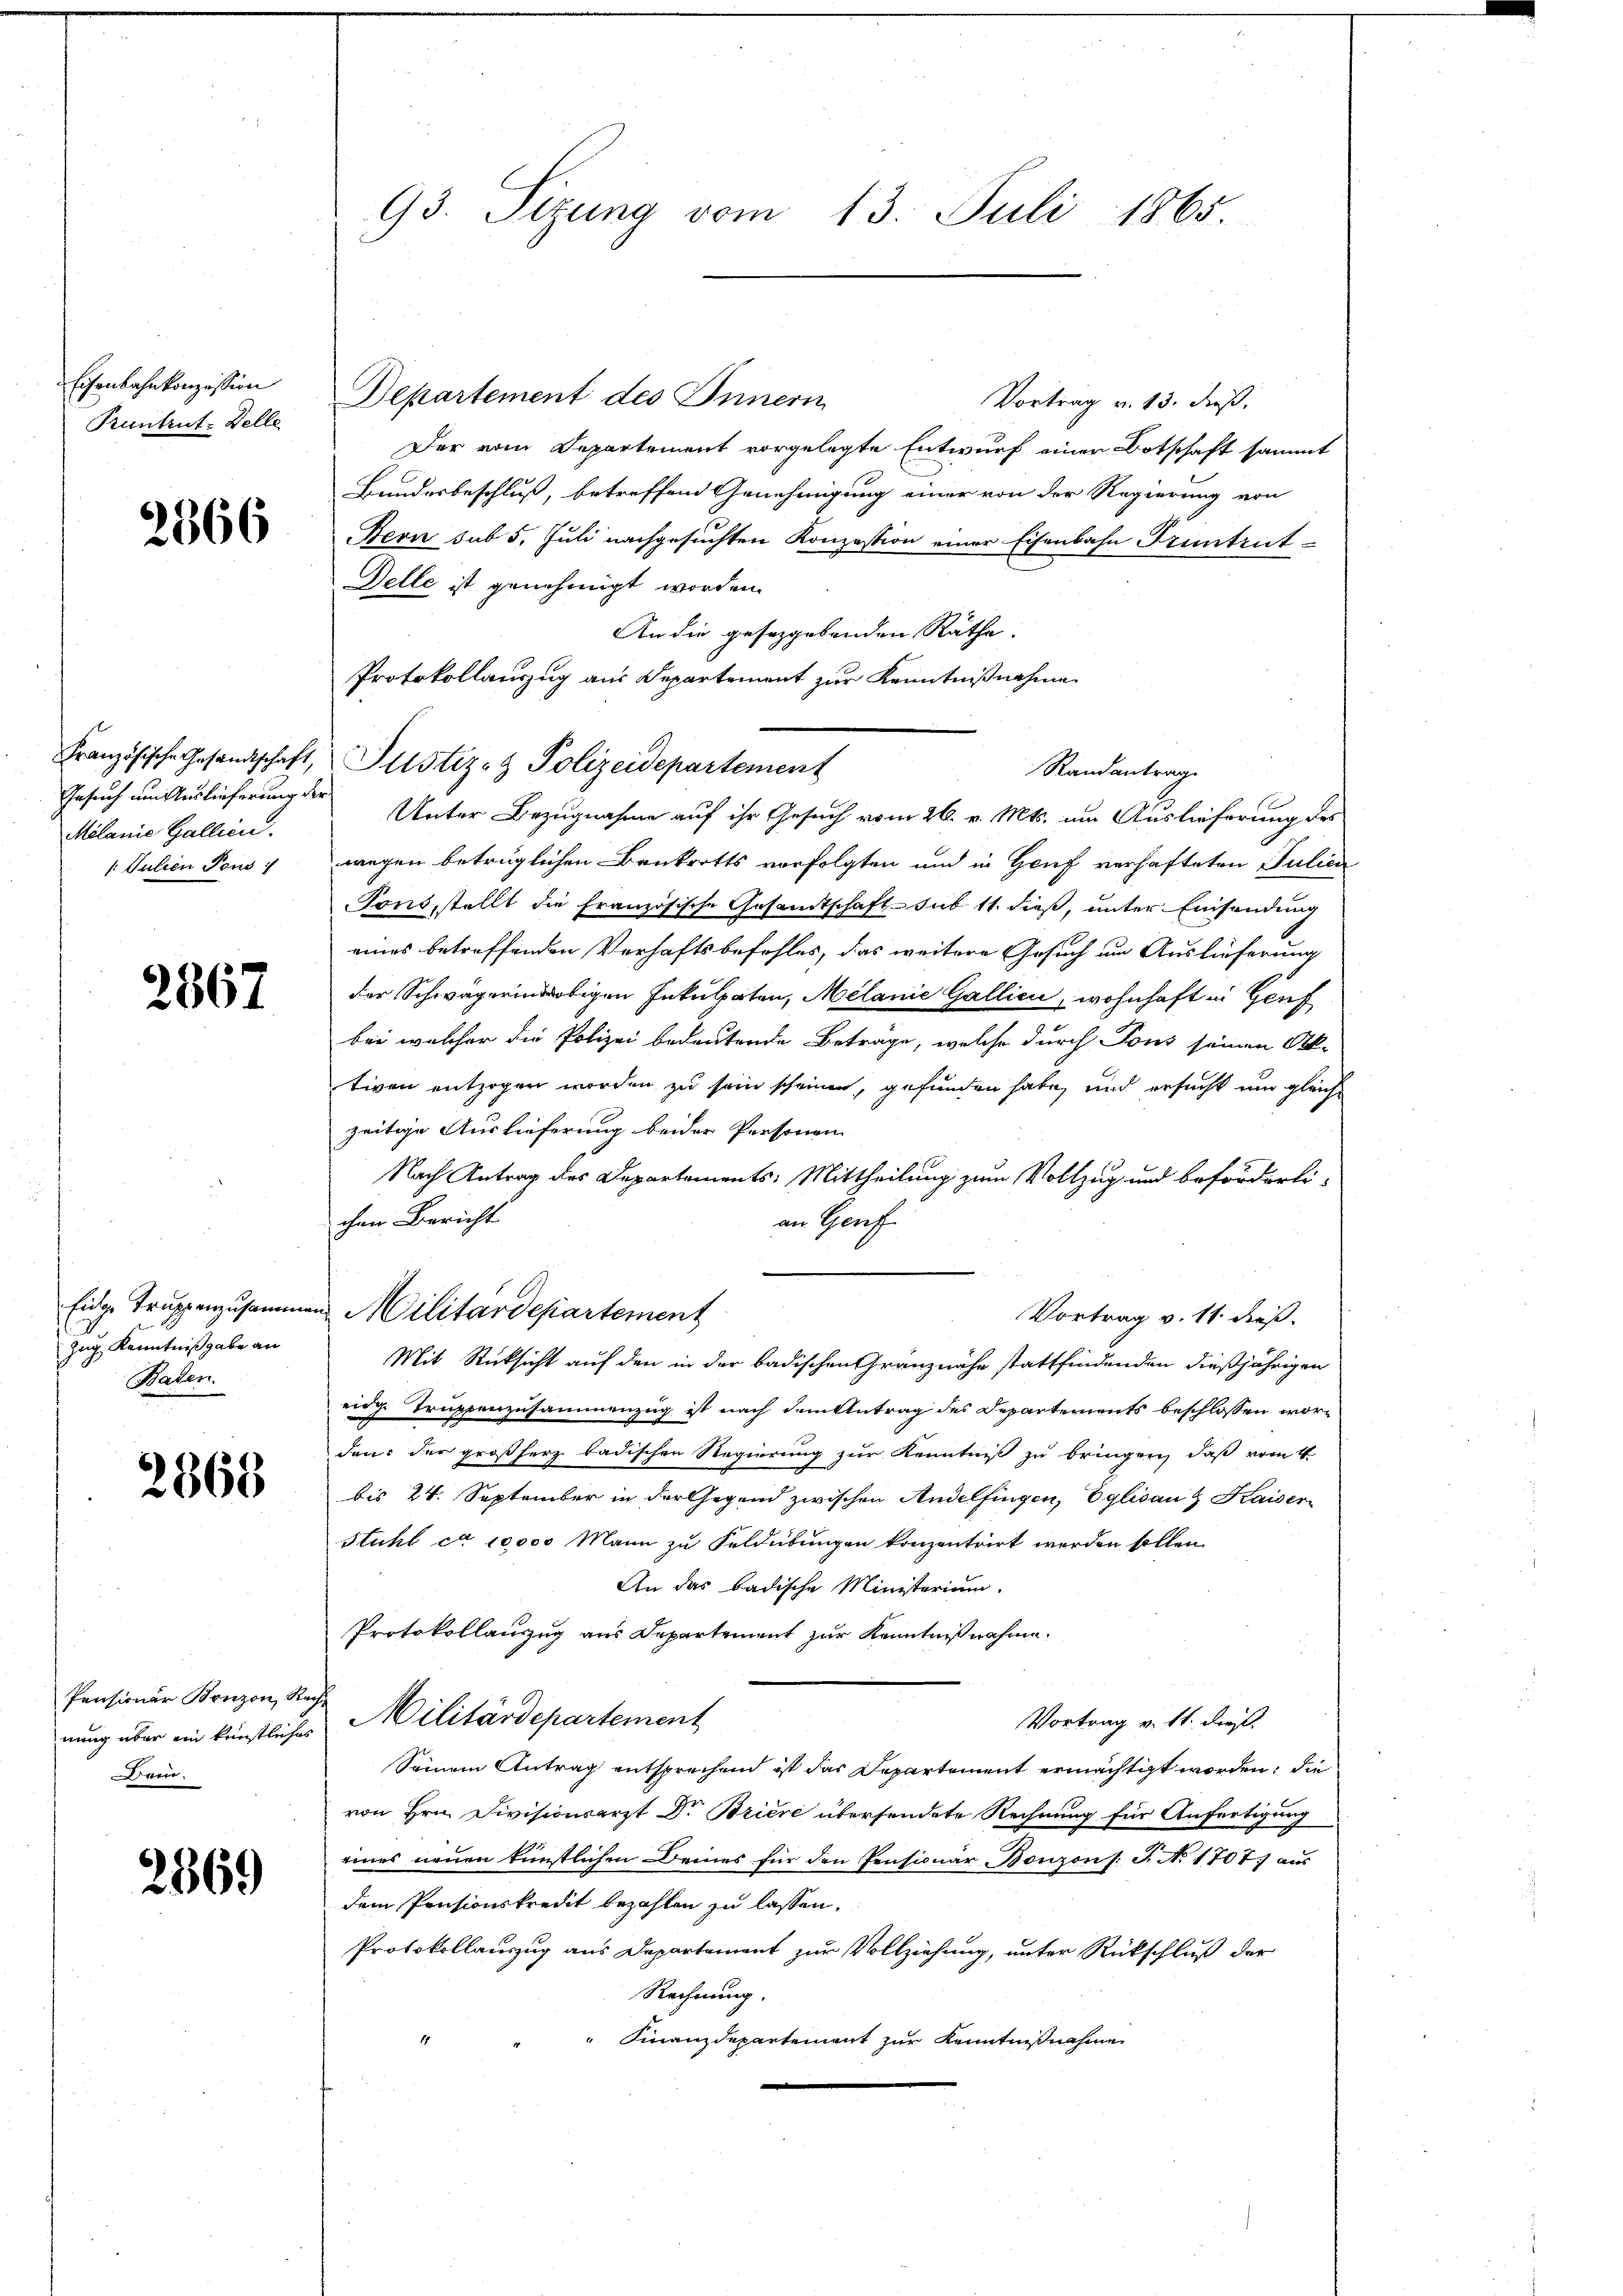
Eisenbahnkonzession
Pruntrut-Zelle

2366

Gesuch um Auslieferung der
Milanie Gallien.
/. Julien Pens

2867

zug Kenntnißgabe an
Baden.

2868

Pensionär Bonzon, Rech
Dein

2869

93. Sizung vom 13. Juli 1865

Departement des Innern
Vortrag v. 13. dieß,
Der vom Departement vorgelegte Entwurf einer Botschaft sammt
Bundesbeschluß, betreffend Genehmigung einer von der Regierung von
Stern sub 5. Juli nachgesuchten Konzession einer Eisenbahn Truntrut
Delle ist genehmigt worden.
An die geseggebenden Räthe.
Protokollauszug aus Departement zur Kenntnißnahme
Unter Bezugnahme auf ihr Gesuch vom 26. v. Mts. um Auslieferung des
wegen betrüglichen Bankrotts vorfolgten und in Genf verhafteten Julien
Tons, stellt die Französische Gesamtschaft sub 11. dieß, unter Einsendung
eines betreffenden Verhaftsbefohles, das weitere Gesuch um Auslieferung
der Schwägerindertigen Inkulpaten, Melanie Gallici, wohnhaft in Genf
bei welcher die Polizei bedeutende Betrage, welche durch Tous seinen Ob-
tiven entzogen worden zu sein scheinen, gefunden habe, und ersucht um gleichzeitige Auslieferung beider Personen
Nach Antrag des Departements: Mittheilung zum Vollzug und beförderli-
chen Bericht
an Genf.
Eidge Truppenzusammen Militärdepartement
Vortrag v. 11. dieß.
Mit Rücksicht auf den in der badischen Granz nahe stattfindenden dießjährigen
eige Truppenzusammenzug ist nach dem Antrag des Departements beschlossen wordent der großherz badischen Regierung zur Kenntniß zu bringen, daß vom 4.
bis 24. September in der Gegend zwischen Andelfingen, Eglisau & Kaiser
Stuhl ca 10000 Mann zu Feldübungen konzentrirt werden sollen.
An das badische Ministerium.
Protokollauszug aus Departement zur Kenntnißnahme.
Vortrag v. 11. dies
nung über ein künstliches Militärdepartement
Seinem Antrag entsprechend ist das Departement ermächtigt worden; die
von Hrn. Divisionsarzt Dr. Briere übersendete Rechnung für Anfertigung
eines neuen künstlichen Deines für den Pensionar Bonzons: J. No 1707) aus
dem Pensionskredit bezahlen zu lassen.
Protokollauszug aus Departement zur Vollziehung, unter Rückschluß der
Rechnung.
" Finanzdepartement zur Kenntnißnahme

Französische Gesandtschaft, Pustiz- & Polizeidepartement

Randantrag